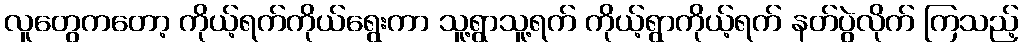
လူတွေကတော့ ကိုယ့်ရက်ကိုယ်ရွေးကာ သူ့ရွာသူ့ရက် ကိုယ့်ရွာကိုယ့်ရက် နတ်ပွဲလိုက် ကြသည့်